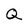
Character: Q